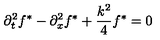
\partial _ { t } ^ { 2 } f ^ { * } - \partial _ { x } ^ { 2 } f ^ { * } + \frac { k ^ { 2 } } { 4 } f ^ { * } = 0